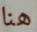
هنا